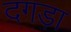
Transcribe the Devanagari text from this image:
दगड़ा